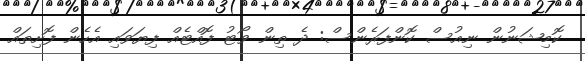
ކޮމިޝަނުން ނިއުސް ކޮންފަރެންސް: ދެ ތިން ވޯޓު ފޮއްޓެއް ފިޔަވައި އެހެން ފޮށިތައް